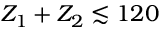
Z _ { 1 } + Z _ { 2 } \lesssim 1 2 0